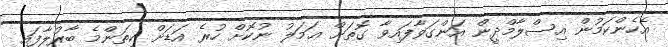
އެހެންކަމުން އިސްލާމްދީން އަންގަވާފައިވާ ގޮތަށް ޢަމަލު ނުކޮށް ހުރެ އަޑަށް ކިތަންމެ ބާރުލާފައި